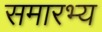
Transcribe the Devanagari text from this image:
समारभ्य